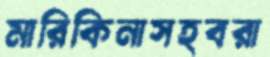
মারিকিনাসহবরা